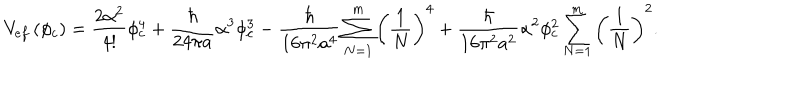
V _ { e f } \left( \phi _ { c } \right) = \frac { 2 \alpha ^ { 2 } } { 4 ! } \phi _ { c } ^ { 4 } + \frac { \hbar } { 2 4 \pi a } \alpha ^ { 3 } \phi _ { c } ^ { 3 } - \frac { \hbar } { 1 6 \pi ^ { 2 } a ^ { 4 } } \sum _ { N = 1 } ^ { m } \left( \frac { 1 } { N } \right) ^ { 4 } + \frac { \hbar } { 1 6 \pi ^ { 2 } a ^ { 2 } } \alpha ^ { 2 } \phi _ { c } ^ { 2 } \sum _ { N = 1 } ^ { m } \left( \frac { 1 } { N } \right) ^ { 2 } .